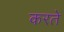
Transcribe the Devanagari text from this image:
करते